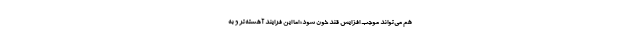
هم می‌تواند موجب افزایش قند خون شود؛ اما این فرایند آهسته‌تر و به